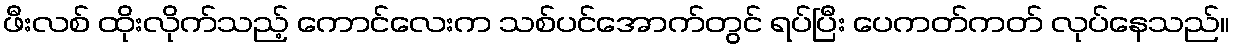
ဖီးလစ် ထိုးလိုက်သည့် ကောင်လေးက သစ်ပင်အောက်တွင် ရပ်ပြီး ပေကတ်ကတ် လုပ်နေသည်။